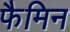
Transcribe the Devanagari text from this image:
फैमिन